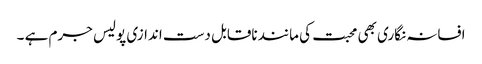
افسانہ نگاری بھی محبت کی مانند ناقابل دست اندازی پولیس جرم ہے ۔